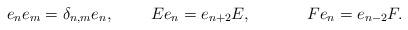
LaTeX: \begin{align*} e_ne_m = \delta_{n,m}e_n , \mspace{40mu}Ee_n=e_{n+2}E , \mspace{60mu} Fe_n = e_{n-2}F.\end{align*}